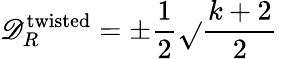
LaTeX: \mathscr{D}_{R}^{\mathrm{{twisted}}}=\pm\frac{{1}}{{2}}\sqrt{}{{\frac{{k+2}}{{2}}}}\;